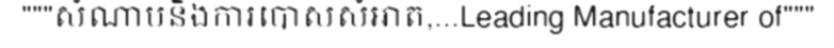
"""សំណាបនិងការបោសសំអាត,...Leading Manufacturer of"""